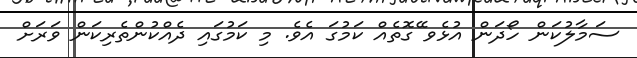
ސަމާލުކަން ހޯދަން އުޅެވ ޭގޮތެއް ކަމުގަ އެވެ. މި ކަމުގައި ދެއްކުންތެރިކަން ވަރަށް